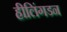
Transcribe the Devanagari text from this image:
हीलिंगडन